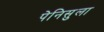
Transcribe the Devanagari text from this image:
पेनिसुला